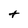
Character: t